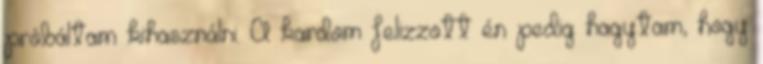
próbáltam kihasználni. A kardom felizzott én pedig hagytam, hogy